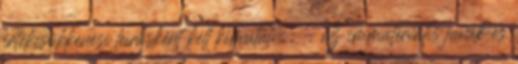
értékcsökkenési leírásként kell kimutatni: - az immateriális javak és